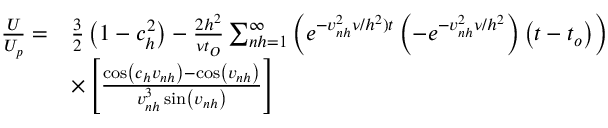
\begin{array} { r l } { \frac { U } { U _ { p } } = } & { \frac { 3 } { 2 } \left( 1 - c _ { h } ^ { 2 } \right) - \frac { 2 h ^ { 2 } } { \nu t _ { O } } \sum _ { n h = 1 } ^ { \infty } \left( e ^ { - v _ { n h } ^ { 2 } \nu / h ^ { 2 } ) t } \left( - e ^ { - v _ { n h } ^ { 2 } \nu / h ^ { 2 } } \right) \left( t - t _ { o } \right) \right) } \\ & { \times \left[ \frac { \cos \left( c _ { h } v _ { n h } \right) - \cos \left( v _ { n h } \right) } { v _ { n h } ^ { 3 } \sin \left( v _ { n h } \right) } \right] } \end{array}